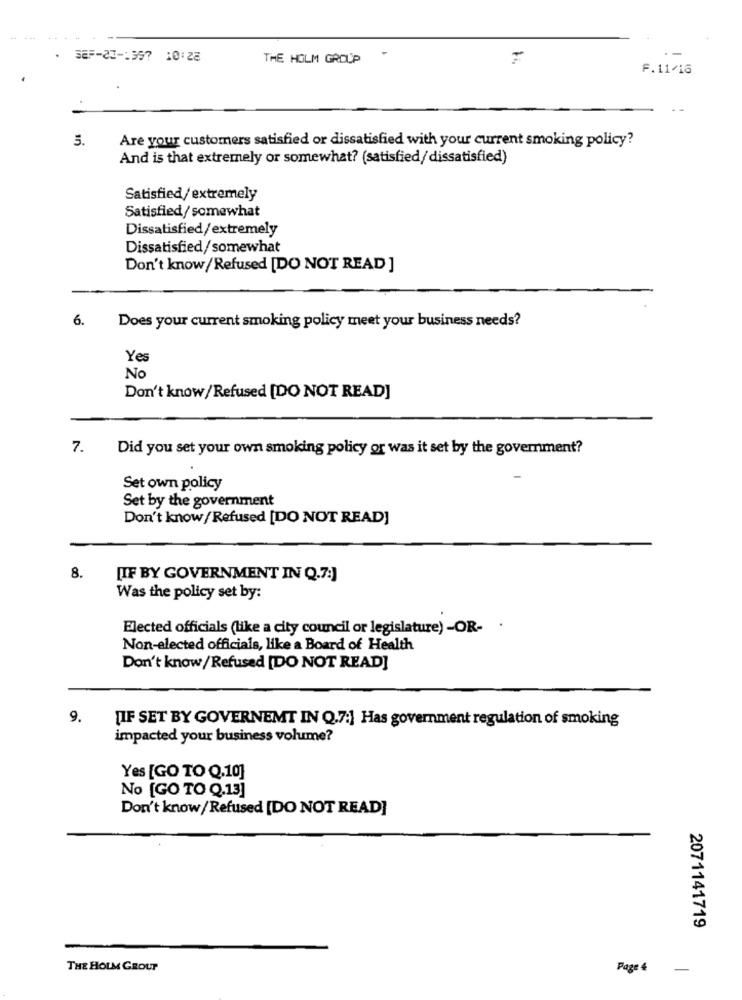
. SEF-23 -: 357 10:28
THE HOLM GROUP
F.11/16
5.
Are your customers satisfied or dissatisfied with your current smoking policy?
And is that extremely or somewhat? (satisfied/dissatisfied)
Satisfied/ extremely
Satisfied/ somewhat
Dissatisfied/extremely
Dissatisfied/somewhat
Don't know/Refused [DO NOT READ ]
6.
Does your current smoking policy meet your business needs?
Yes
No
Don't know / Refused [DO NOT READ]
7.
Did you set your own smoking policy or was it set by the government?
Set own policy
Set by the government
Don't know/ Refused [DO NOT READ]
8.
[IF BY GOVERNMENT IN Q.7:)
Was the policy set by:
Elected officials (like a city council or legislature) -OR- .
Non-elected officials, like a Board of Health
Don't know/Refused [DO NOT READ]
9.
[IF SET BY GOVERNEMT IN Q,7:] Has government regulation of smoking
impacted your business volume?
Yes [GO TO Q.10]
No [GO TO Q.13]
Don't know/ Refused [DO NOT READ]
2071141719
THE HOLM GROUP
Page € -